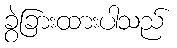
ခွဲခြားထားပါသည်